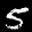
Label: 5